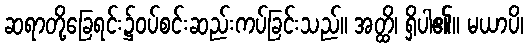
ဆရာတို့ခြေရင်း၌ဝပ်စင်းဆည်းကပ်ခြင်းသည်။ အတ္ထိ၊ ရှိပါ၏။ မယာပိ၊